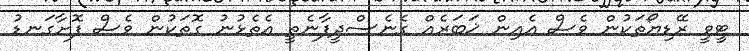
ޓީވީ ރޭޑިޔޯތަކުން ވެސް އެއިން ޚަބަރެއް ގެނެސްދީފާނެތީ އެތެޅުނު ގޮތަކުން ވެސް ފޮށާގަނޑު